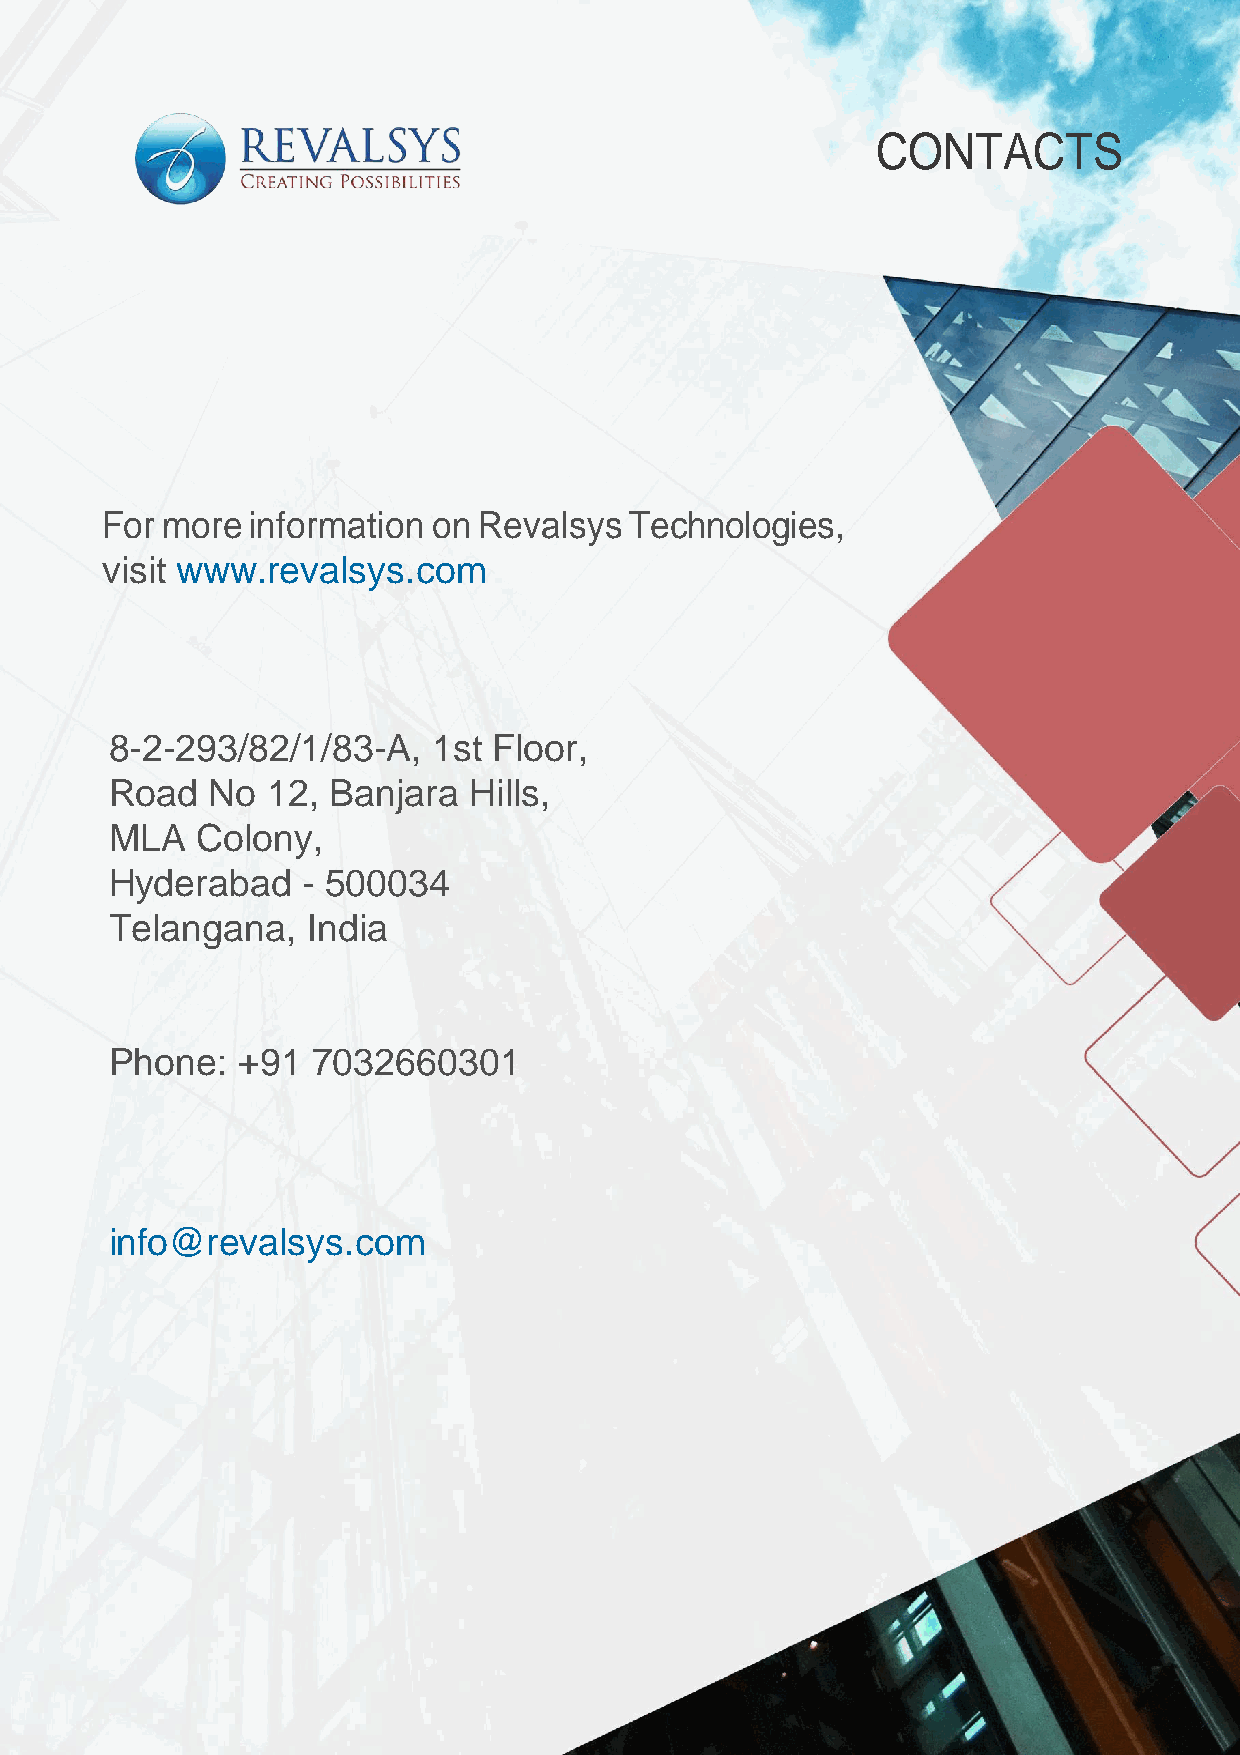
CONTACTS
 For more  information on Revalsys  Technologies,
 visit www.revalsys.com
 8-2-293/82/1/83-A,    1st Floor,
 Road   No  12, Banjara  Hills,
 MLA   Colony,
 Hyderabad    - 500034
 Telangana,   India
 Phone:   +91  7032660301
 info@revalsys.com